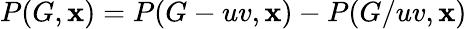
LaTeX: P(G,\mathbf{x})=P(G-uv,\mathbf{x})-P(G/uv,\mathbf{x})